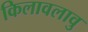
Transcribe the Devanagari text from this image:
किलावलावु